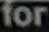
for